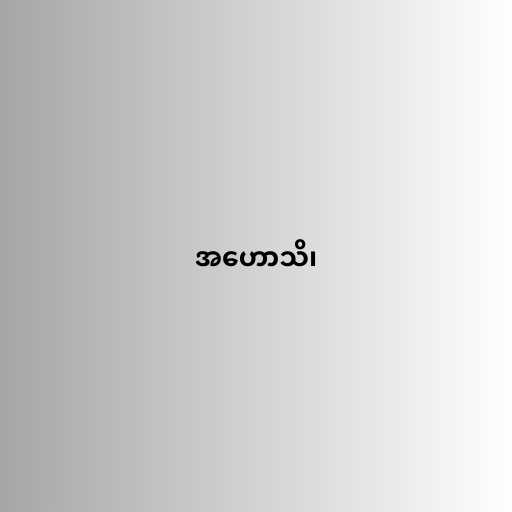
အဟောသိ၊